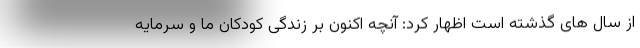
از سال های گذشته است اظهار کرد: آنچه اکنون بر زندگی کودکان ما و سرمایه